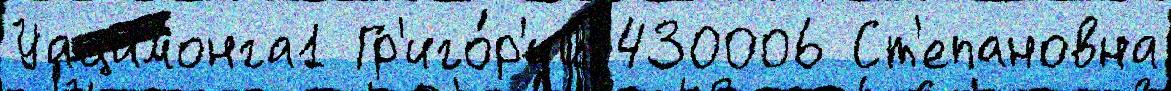
Уацамонга1 Гр'иго́р'ий 430006 Ст'епановна